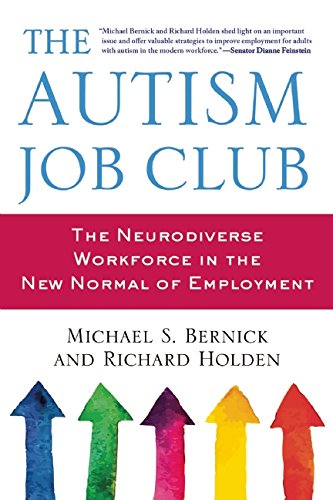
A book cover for The Autism Job Club: The Neurodiverse Workforce in the New Normal of Employment; Michael S. Bernick; Business & Money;